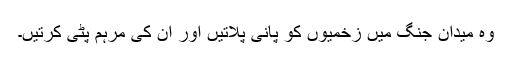
وہ میدان جنگ میں زخمیوں کو پانی پلاتیں اور ان کی مرہم پٹی کرتیں۔